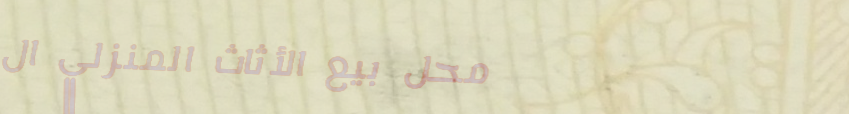
محل بيع الأثاث المنزلي ال